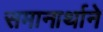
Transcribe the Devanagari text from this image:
समानार्थाने